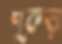
পুকড়া